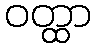
ဝတ္ထာ